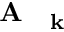
\mathrm { ~ \bf ~ A ~ } _ { \mathrm { ~ \bf ~ k ~ } }